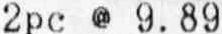
2PC @ 9.89